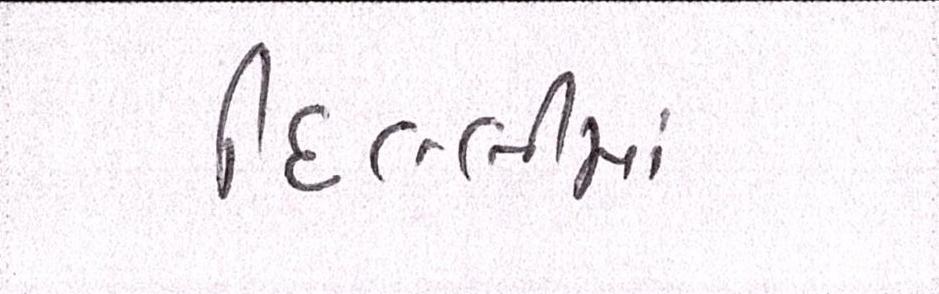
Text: દિલ્લીમાં